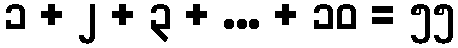
၁ + ၂ + ၃ + ... + ၁၀ = ၅၅